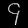
Digit: ၄